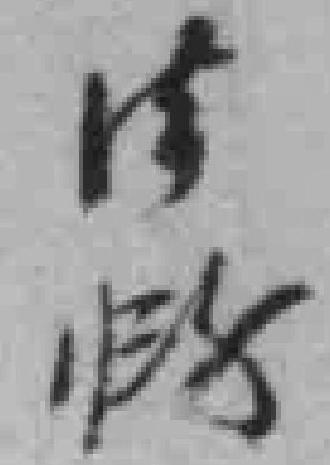
*